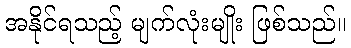
အနိုင်ရသည့် မျက်လုံးမျိုး ဖြစ်သည်။